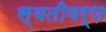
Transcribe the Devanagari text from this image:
स्वतीवर्ण